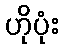
ဟိုပုံး